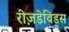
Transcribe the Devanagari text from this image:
रीज़डेविड्स